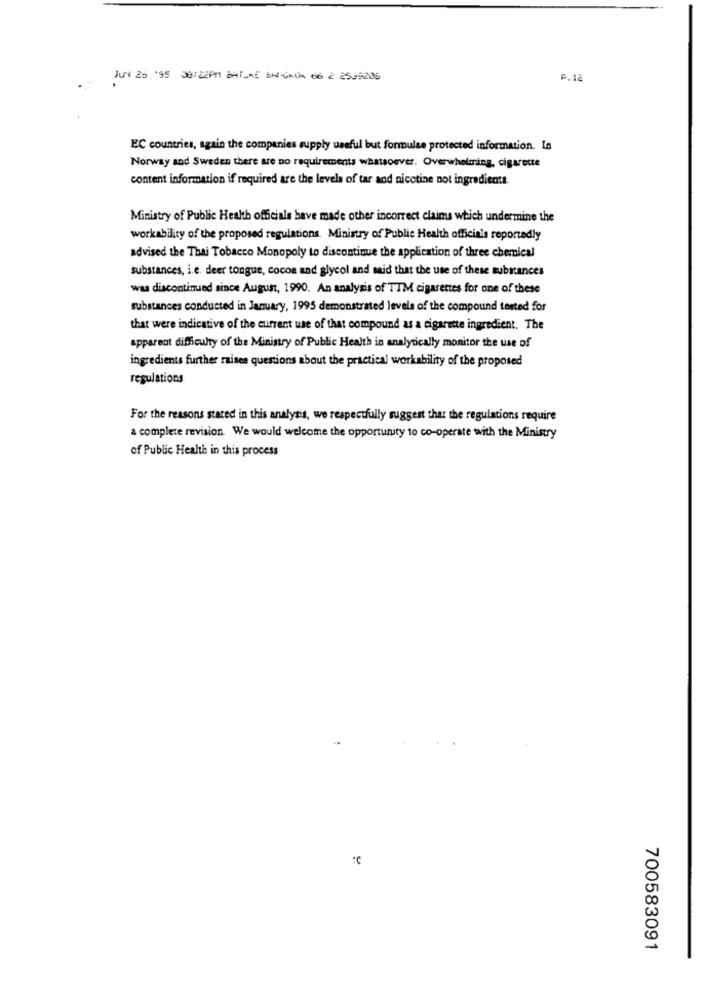
JUN 20 55 30:22PM CHROME CHEGADA 66 2 25,9285
P.12
EC countries, again the companies supply useful but formulae protected information. In
Norway and Sweden there are no requirements whatsoever. Overwhelming, cigarette
content information if required are the levels of tar and nicotine not ingredients.
Ministry of Public Health officials have made other incorrect claims which undermine the
workability of the proposed regulations. Ministry of Public Health officials reportedly
advised the Thai Tobacco Monopoly to discontinue the application of three chemical
substances, i.e. deer tongue, cocon and glycol and said that the use of these substances
was discontinued since August, 1990. An analysis of TTM cigarettes for one of these
substances conducted in January, 1995 demonstrated levels of the compound tested for
that were indicative of the current use of that compound as a cigarette ingredient. The
apparent difficulty of the Ministry of Public Health in analytically monitor the use of
ingredients further raises questions about the practical workability of the proposed
regulations
For the reasons stated in this analysis, we respectfully suggest that the regulations require
a complete revision. We would welcome the opportunity to co-operate with the Ministry
of Public Health in this process
C
700583091